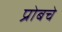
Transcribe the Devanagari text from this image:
प्रोबचे